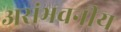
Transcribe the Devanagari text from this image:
असंभवनीय